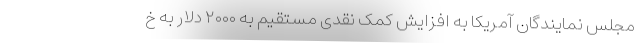
مجلس نمایندگان آمریکا به افزایش کمک نقدی مستقیم به ۲۰۰۰ دلار به خ